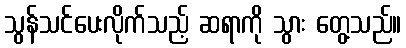
သွန်သင်ပေးလိုက်သည့် ဆရာကို သွား တွေ့သည်။